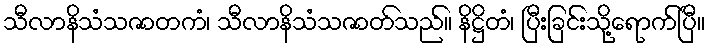
သီလာနိသံသဇာတကံ၊ သီလာနိသံသဇာတ်သည်။ နိဋ္ဌိတံ၊ ပြီးခြင်းသို့ရောက်ပြီ။